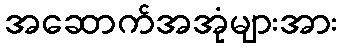
အဆောက်အအုံများအား